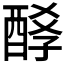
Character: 𨡆